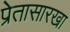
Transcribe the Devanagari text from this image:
प्रेतासारखा